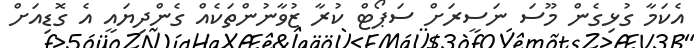
އެކަމާ ގުޅިގެން މޫސަ ނަސީރަށް ސަޕޯޓް ކުރާ ޒުވާނުންތަކެއް ގެންދިޔައީ އެ ގޮޑިއަށް